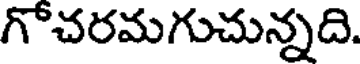
గోచరమగుచున్నది.